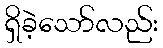
ရှိခဲ့သော်လည်း